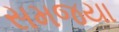
સમજયા